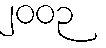
၂၀၀၃